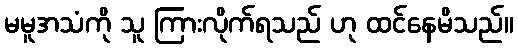
မမူအသံကို သူ ကြားလိုက်ရသည် ဟု ထင်နေမိသည်။